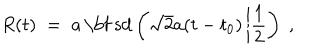
R ( t ) \; = \; a \, \mathrm { \bf ~ s d } \left( \sqrt { 2 } a ( t - t _ { 0 } ) \left| \frac { 1 } { 2 } \right. \right) \; ,